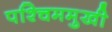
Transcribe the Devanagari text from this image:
पश्चिममुखी